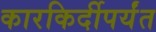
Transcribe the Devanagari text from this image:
कारकिर्दीपर्यंत